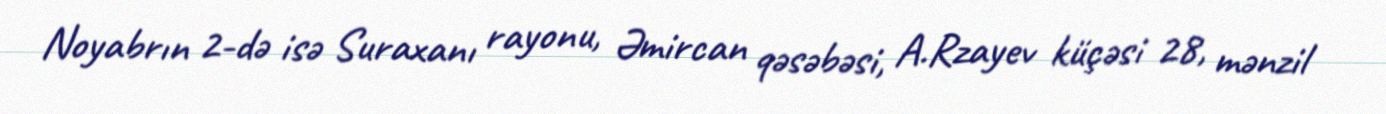
Noyabrın 2-də isə Suraxanı rayonu, Əmircan qəsəbəsi, A.Rzayev küçəsi 28, mənzil